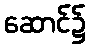
ဆောင်၌